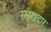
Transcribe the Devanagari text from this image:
रसूखदार